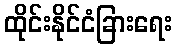
ထိုင်းနိုင်ငံခြားရေး